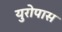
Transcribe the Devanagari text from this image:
युरोपास